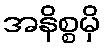
အနိစ္စမှိ